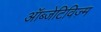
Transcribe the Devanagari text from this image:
ऑब्जेटिविज़्म